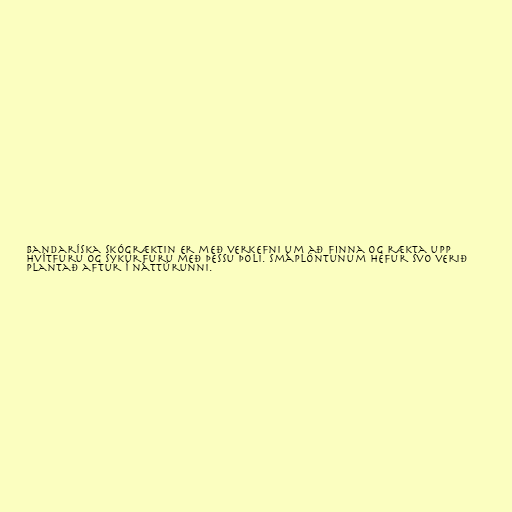
Bandaríska skógræktin er með verkefni um að finna og rækta upp
hvítfuru og sykurfuru með þessu þoli. Smáplöntunum hefur svo verið
plantað aftur í náttúrunni.